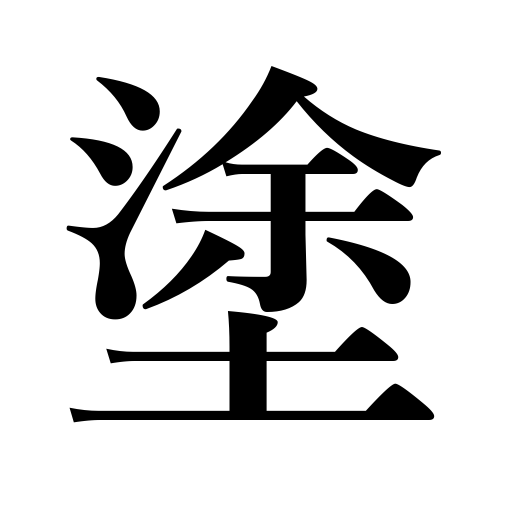
Meanings: plaster,lacquer,paint,daub